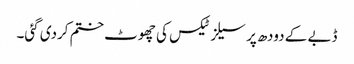
ڈبے کے دودھ پر سیلز ٹیکس کی چھوٹ ختم کردی گئی۔